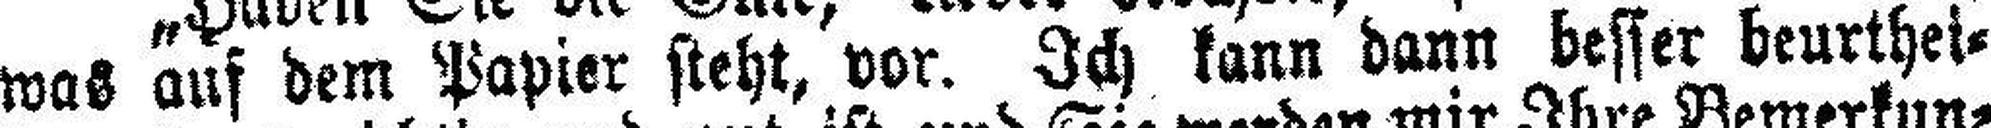
was auf dem Papier steht, vor. Ich kann dann besser beurthei¬